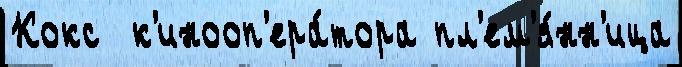
Кокс  к'инооп'ера́тора пл'ем'я́нн'ица